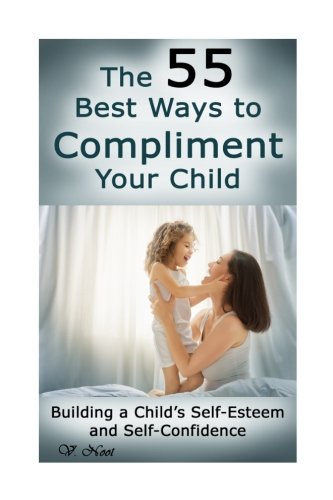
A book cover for The 55 Best Ways to Compliment Your Child: Building a Child's Self-Esteem and Self-Confidence (How to Help Children Succeed, How to Build Self-Esteem in Children, Encourage Positive Behavior); V. Noot; Parenting & Relationships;